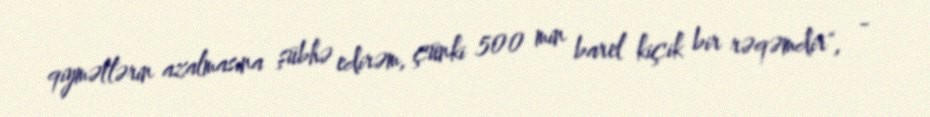
qiymətlərin azalmasına şübhə edirəm, çünki 500 min barel kiçik bir rəqəmdir", -